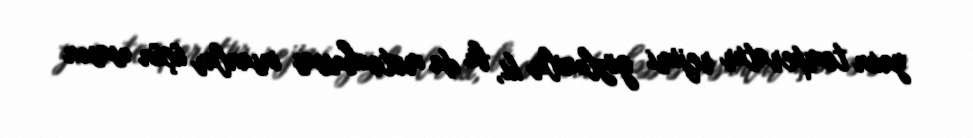
yaxın temperatur rejimi gözlənilir ki, bu da meteohəssas insanlar üçün əsasən